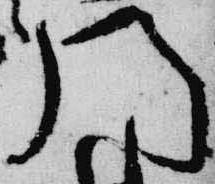
門